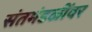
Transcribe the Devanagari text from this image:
संतमंडळींवर